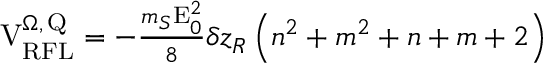
\begin{array} { r } { \mathrm { V } _ { \mathrm { R F L } } ^ { \Omega , \, \mathrm { Q } } = - \frac { m _ { S } \mathrm { E } _ { 0 } ^ { 2 } } { 8 } \delta z _ { R } \left( n ^ { 2 } + m ^ { 2 } + n + m + 2 \right) } \end{array}